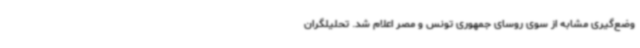
وضع‌گیری مشابه از سوی روسای جمهوری تونس و مصر اعلام شد. تحلیلگران